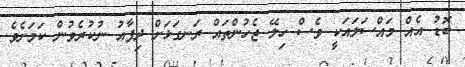
ބޮޑު އެއް މައްސަލައަކީ ވެސް ހިލޭ ޖެހުންތައް ރަނގަޅަށް ދިފާއު ނުކުރެވުން ކަމަށެވެ.